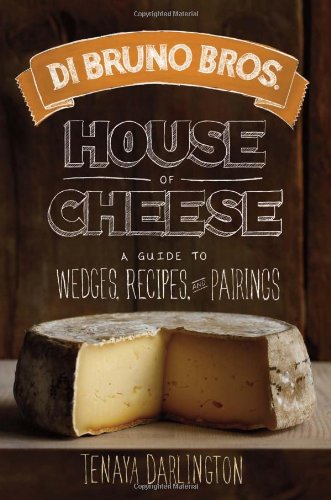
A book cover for Di Bruno Bros. House of Cheese: A Guide to Wedges, Recipes, and Pairings; Tenaya Darlington; Cookbooks, Food & Wine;